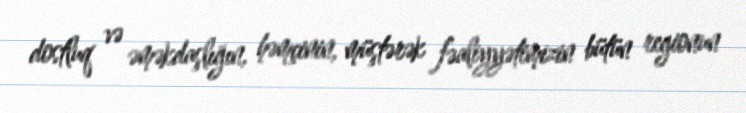
dostluq və əməkdaşlığın, həmçinin, müştərək fəaliyyətimizin bütün regionun